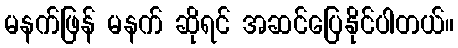
မနက်ဖြန် မနက် ဆိုရင် အဆင်ပြေနိုင်ပါတယ်။